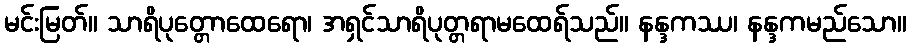
မင်းမြတ်။ သာရိပုတ္တောထေရော၊ အရှင်သာရိပုတ္တရာမထေရ်သည်။ နန္ဒကဿ၊ နန္ဒကမည်သော။